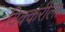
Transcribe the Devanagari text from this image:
विक्करीला